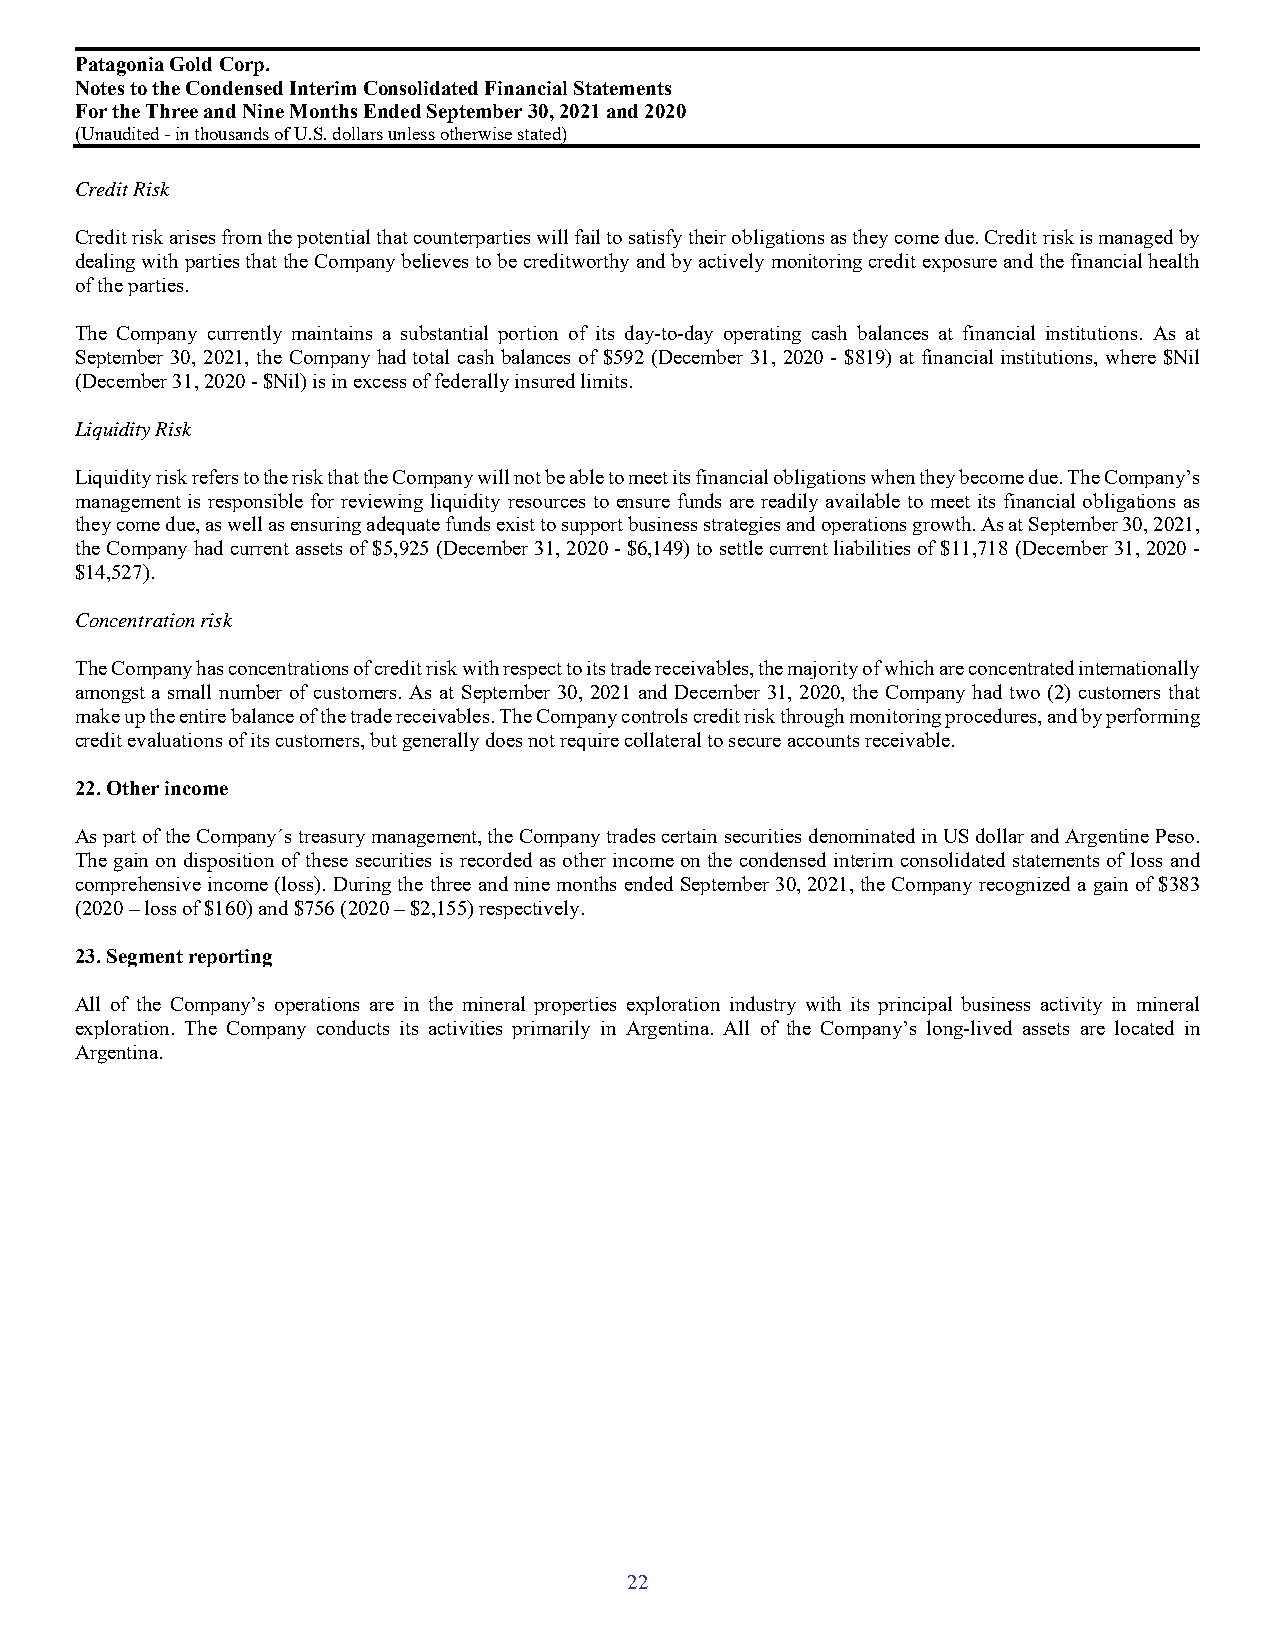
Patagonia Gold Corp.
 Notes to the Condensed Interim Consolidated Financial Statements
 For the Three and Nine Months Ended September 30, 2021 and 2020
 (Unaudited - in thousands of U.S. dollarsunless otherwise stated)
 Credit Risk
 Credit risk arises from the potential that counterparties will fail to satisfy their obligations as they come due. Credit risk is managed by
 dealing with parties that the Company believes to be creditworthy and by actively monitoring credit exposure and the financial health
 of the parties.
 The Company currently maintains a substantial portion of its day-to-day operating cash balances at financial institutions. As at
 September 30, 2021, the Company had total cash balances of $592 (December 31, 2020 - $819) at financial institutions, where $Nil
 (December 31, 2020 - $Nil) is in excess of federally insured limits.
 Liquidity Risk
 Liquidity risk refers to the risk that the Company will not be able to meet its financial obligations when they become due. The Company’s
 management is responsible for reviewing liquidity resources to ensure funds are readily available to meet its financial obligations as
 they come due, as well as ensuring adequate funds exist to support business strategies and operations growth. As at September 30, 2021,
 the Company had current assets of $5,925 (December 31, 2020 - $6,149) to settle current liabilities of $11,718 (December 31, 2020 -
 $14,527).
 Concentration risk
 The Company has concentrations of credit risk with respect to its trade receivables, the majority of which are concentrated internationally
 amongst a small number of customers. As at September 30, 2021 and December 31, 2020, the Company had two (2) customers that
 make up the entire balance of the trade receivables. The Company controls credit risk through monitoring procedures, and by performing
 credit evaluations of its customers, but generally does not require collateral to secure accounts receivable.
 22. Other income
 As part of the Company´s treasury management, the Company trades certain securities denominated in US dollar and Argentine Peso.
 The gain on disposition of these securities is recorded as other income on the condensed interim consolidated statements of loss and
 comprehensive income (loss). During the three and nine months ended September 30, 2021, the Company recognized a gain of $383
 (2020 – loss of $160) and $756 (2020 – $2,155) respectively.
 23. Segment reporting
 All of the Company’s operations are in the mineral properties exploration industry with its principal business activity in mineral
 exploration. The Company conducts its activities primarily in Argentina. All of the Company’s long-lived assets are located in
 Argentina.
 22